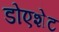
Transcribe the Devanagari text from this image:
डोएशेट